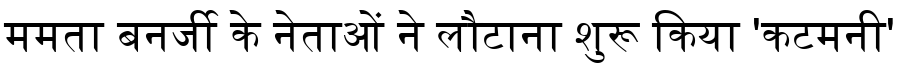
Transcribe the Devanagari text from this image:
ममता बनर्जी के नेताओं ने लौटाना शुरू किया 'कटमनी'